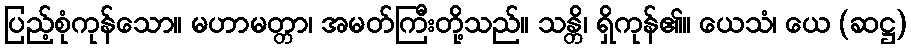
ပြည့်စုံကုန်သော။ မဟာမတ္တာ၊ အမတ်ကြီးတို့သည်။ သန္တိ၊ ရှိကုန်၏။ ယေသံ၊ ယေ (ဆဋ္ဌ)